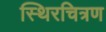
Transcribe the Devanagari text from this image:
स्थिरचित्रण